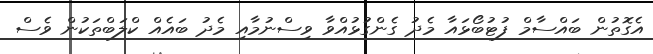
އެގޮތުން ބައްސާމް ފުޓުބޯޅައާ މެދު ގެންގުޅުއްވާ ވިސްނުމާއި މެދު ބައެއް ކްލަބްތަކުން ވެސް